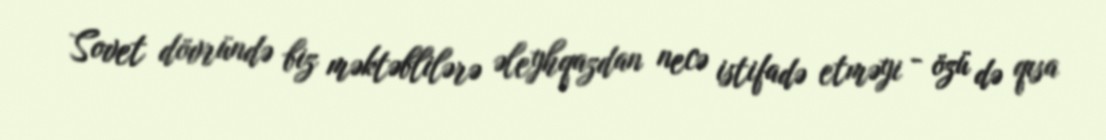
Sovet dövründə biz məktəblilərə əleyhqazdan necə istifadə etməyi - özü də qısa